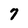
Character: 7